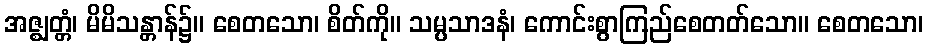
အဇ္ဈတ္တံ၊ မိမိသန္တာန်၌။ စေတသော၊ စိတ်ကို။ သမ္ပသာဒနံ၊ ကောင်းစွာကြည်စေတတ်သော။ စေတသော၊